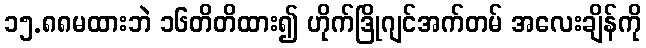
၁၅.၈၈မထားဘဲ ၁၆တိတိထား၍ ဟိုက်ဒြိုဂျင်အက်တမ် အလေးချိန်ကို